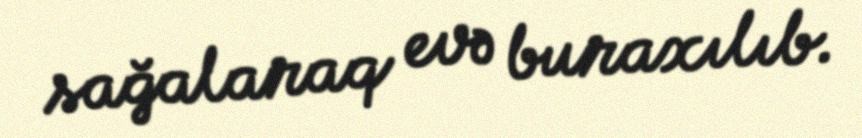
sağalaraq evə buraxılıb.